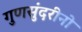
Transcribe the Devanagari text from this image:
गुणसुंदरीनो